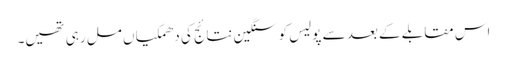
اس مقابلے کے بعد سے پولیس کوسنگین نتائج کی دھمکیاں مل رہی تھیں۔